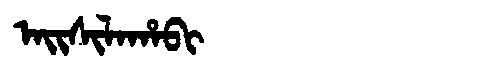
Manchu: ᠠᡳᠰᡳᠯᠠᡥᠠᠪᡳ
Romanization: AISILAHABI